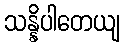
သန္နိပါတေယျ